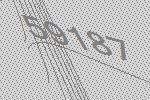
59187